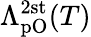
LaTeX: \Lambda_{\mathrm{pO}}^{\mathrm{2st}}(T)